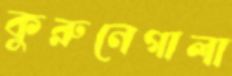
কুরুনেগালা